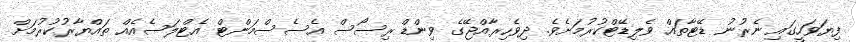
ފިޔަވަހީގައި ނެރުނު ޑޭޓާތައް ވެލިޑޭޓްކުރުމަށެވެ. ދިވެހިރާއްޖޭގެ ވިންޑް ރިސޯސް އެސެސްމަންޓް އެޓްލަސެއެއް ތައްޔާރުކުރުމަށް